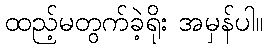
ထည့်မတွက်ခဲ့ရိုး အမှန်ပါ။